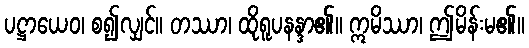
ပဋ္ဌာယေဝ၊ စ၍လျှင်။ တဿာ၊ ထိုရူပနန္ဒာ၏။ ဣမိဿာ၊ ဤမိန်းမ၏။